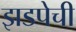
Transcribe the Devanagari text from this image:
झडपेची